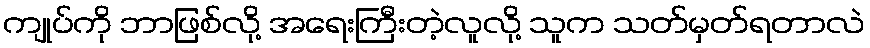
ကျုပ်ကို ဘာဖြစ်လို့ အရေးကြီးတဲ့လူလို့ သူက သတ်မှတ်ရတာလဲ